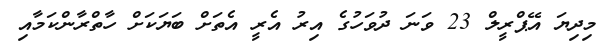
މިދިޔަ އޭޕްރީލް 23 ވަނަ ދުވަހުގެ އިރު އެރީ އެތަށް ބަޔަކަށް ހާތްރާންކަމާއި